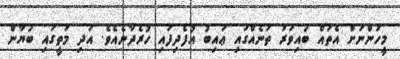
މީހުންނަށް އެތައް ބައިވަރު ތަނެއްގައި ޢައިބު އުފެދިފައި ހުރެދާނެއެވެ. އަދި މަތީގައި ބަޔާން